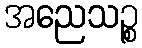
အညေသဉ္စ